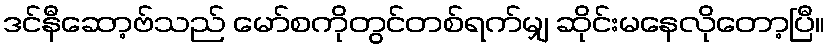
ဒင်နီဆော့ဗ်သည် မော်စကိုတွင်တစ်ရက်မျှ ဆိုင်းမနေလိုတော့ပြီ။